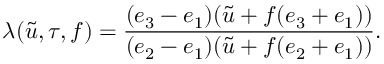
\lambda ( \tilde { u } , \tau , f ) = \frac { ( e _ { 3 } - e _ { 1 } ) ( \tilde { u } + f ( e _ { 3 } + e _ { 1 } ) ) } { ( e _ { 2 } - e _ { 1 } ) ( \tilde { u } + f ( e _ { 2 } + e _ { 1 } ) ) } .